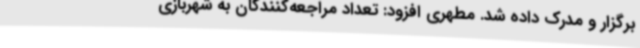
برگزار و مدرک داده شد. مطهری افزود: تعداد مراجعه‌کنندگان به شهربازی